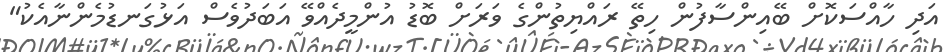
އަދި ހާއްސަކޮށް ބޭއިންސާފުން ހިތޭ ރައްޔިތުންގެ ވަރަށް ބޮޑު އުންމީދެއްވޭ އަބަދުވެސް އަޅުގަނޑުމެންނާއެކު"